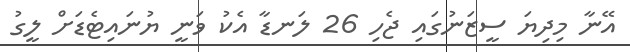
އޭނާ މިދިޔަ ސީޒަނުގައި ޖެހި 26 ލަނޑާ އެކު ވަނީ ޔުނައިޓެޑަށް ލީގު